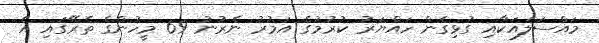
މައްސަލައަކާއި ގުޅިގެން ހައްޔަރު ކުރުމުގެ އަމުރު ނެރުނު 69 މީހުންގެ ތެރޭގައި އެ